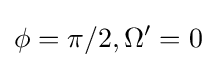
\phi =\pi /2,\Omega '=0